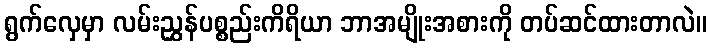
ရွက်လှေမှာ လမ်းညွှန်ပစ္စည်းကိရိယာ ဘာအမျိုးအစားကို တပ်ဆင်ထားတာလဲ။